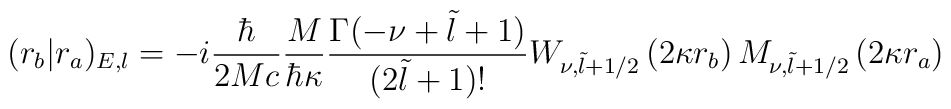
(r_b|r_a)_{E,l} =-i\frac{\hbar }{2Mc}\frac{M}{\hbar \kappa} \frac{ \Gamma(-\nu +\tilde l+1)}   {(2\tilde l+1)!}  W_{\nu ,\tilde l+1/2} \left (2\kappa  r_b\right ) M_{\nu,\tilde l+1/2}       \left  (2\kappa r_a\right )